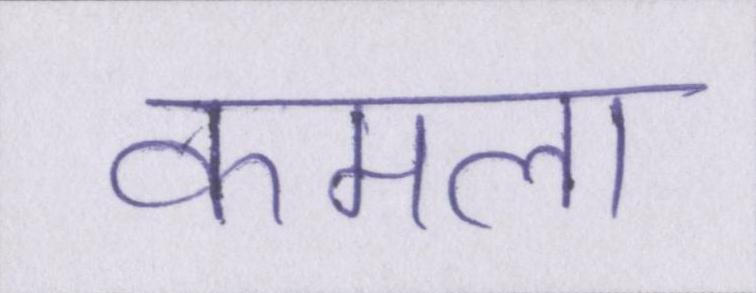
कमला